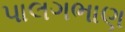
પાલગભાણ